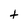
Character: t